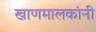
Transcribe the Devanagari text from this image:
खाणमालकांनी